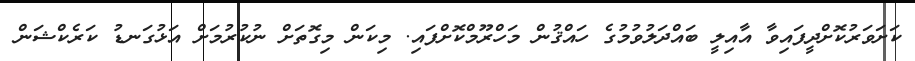
ކަށަވަރުކޮށްދީފައިވާ އާއިލީ ބައްދަލުވުމުގެ ހައްޤުން މަހްރޫމްކޮށްފައި. މިކަން މިގޮތަށް ނުކުރުމަށް އަޅުގަނޑު ކަރެކްޝަން